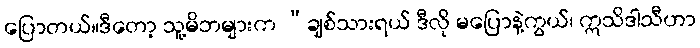
ပြောတယ်။ဒီတော့ သူ့မိဘများက “ချစ်သားရယ် ဒီလို မပြောနဲ့ကွယ်၊ ဣသိဒါသီဟာ